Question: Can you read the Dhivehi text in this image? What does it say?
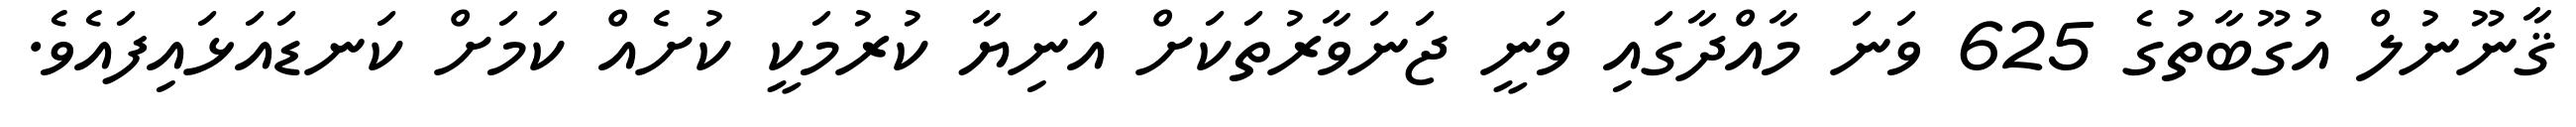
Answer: ޤާނޫނުލް އުގޫބާތުގެ 625 ވަނަ މާއްދާގައި ވަނީ ޖަނަވާރުތަކަށް އަނިޔާ ކުރުމަކީ ކުށެއް ކަމަށް ކަނޑައަޅައިފައެވެ.